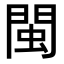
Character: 閩